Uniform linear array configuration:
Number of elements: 8
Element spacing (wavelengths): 1
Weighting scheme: cosine
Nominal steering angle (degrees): -15
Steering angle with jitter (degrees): -16.231
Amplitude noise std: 0.05
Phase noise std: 0.05

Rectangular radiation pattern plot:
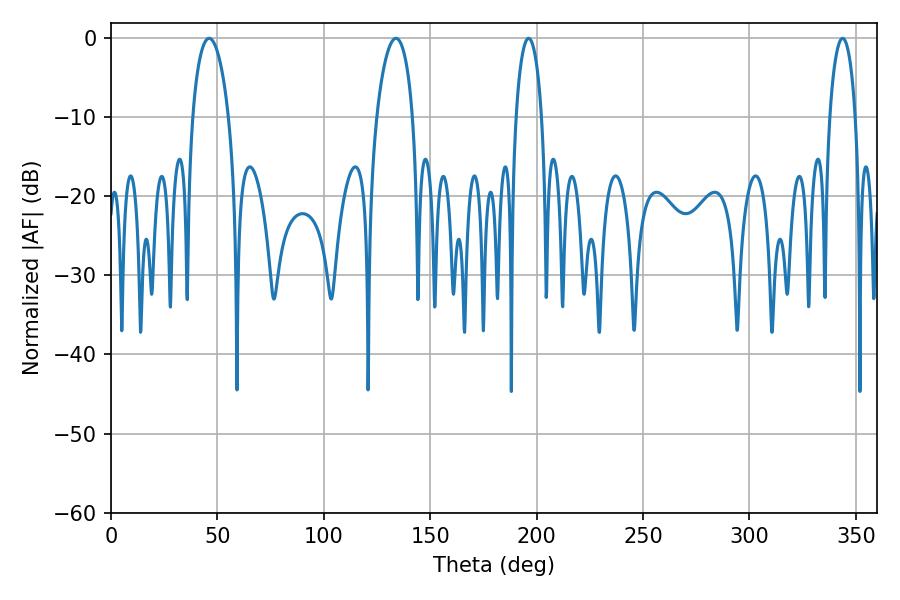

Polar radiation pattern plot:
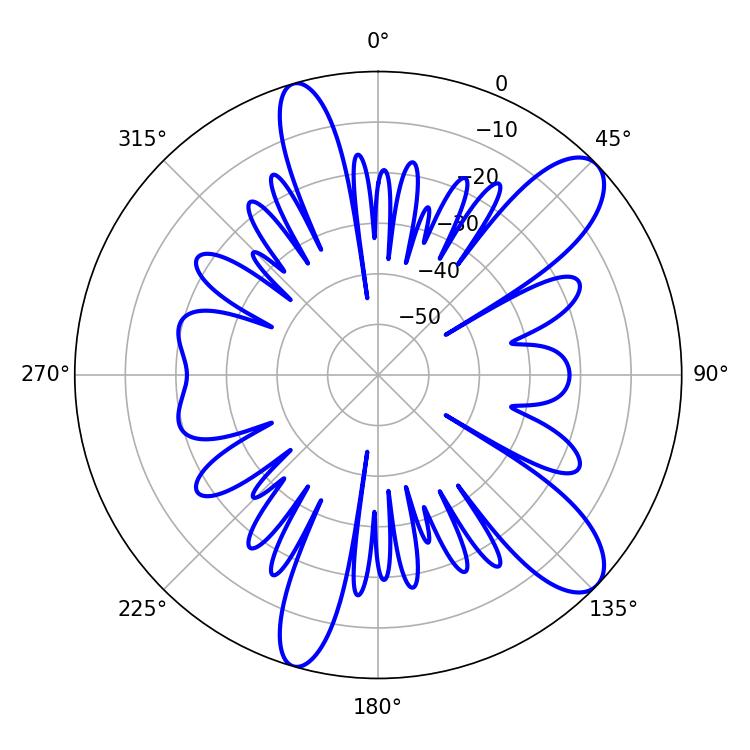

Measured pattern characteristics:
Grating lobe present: TRUE
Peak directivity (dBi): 10.413
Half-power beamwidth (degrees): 9.54
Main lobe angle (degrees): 46.08